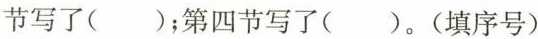
节写了( )；第四节写了( )。(填序号)